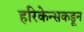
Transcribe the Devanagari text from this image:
हरिकेन्सकडून